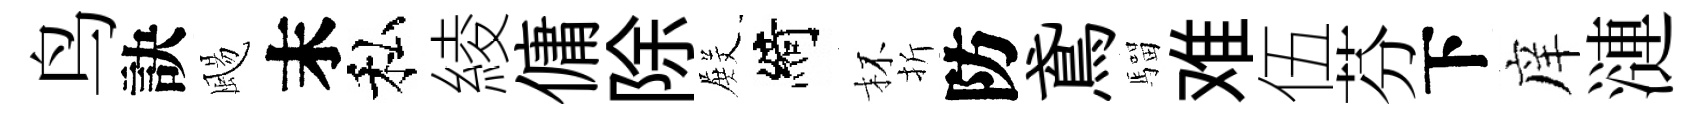
鸟訣颺末私綾傭除𭮺綺杯折防鳶騮难伍芬下庠漣